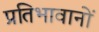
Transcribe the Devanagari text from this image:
प्रतिभावानों